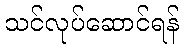
သင်လုပ်ဆောင်ရန်